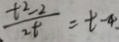
\frac { t ^ { 2 } - 2 } { 2 t } = t - 4 .